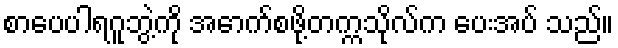
စာပေပါရဂူဘွဲ့ကို အောက်စဖို့တက္ကသိုလ်က ပေးအပ် သည်။